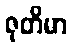
ဇုတိမာ